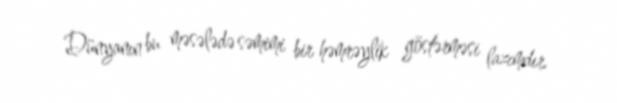
Dünyanın bu məsələdə səmimi bir həmrəylik göstərməsi lazımdır.